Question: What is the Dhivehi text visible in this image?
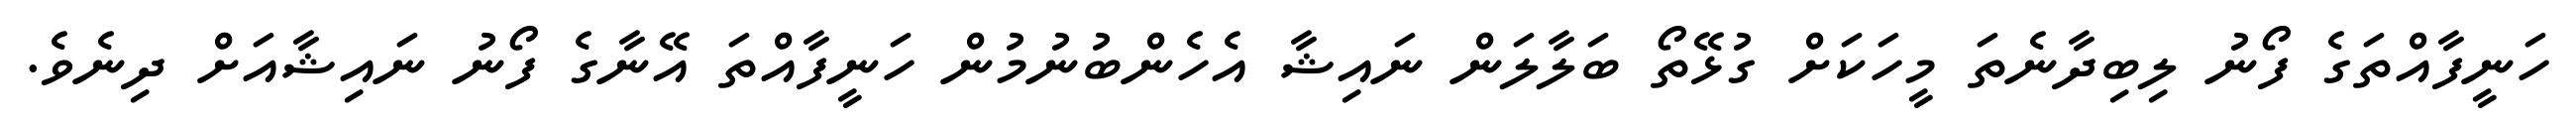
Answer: ހަނީފާއްތަގެ ފޯނު ލިބިދާނެތަ މީހަކަށް ގުޅޭތޯ ބަލާލަން ނައިޝާ އެހެންބުނުމުން ހަނީފާއްތަ އޭނާގެ ފޯނު ނައިޝާއަށް ދިނެވެ.